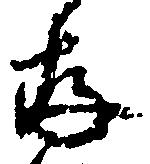
存